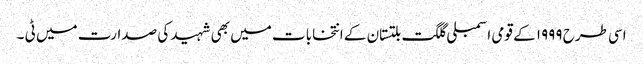
اسی طرح ۱۹۹۹ کے قومی اسمبلی گلگت بلتستان کے انتخابات میں بھی شہید کی صدارت میں ٹی ۔